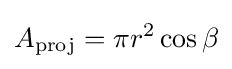
A_{\text{proj}}=\pi r^{2}\cos {\beta }